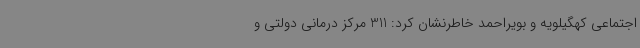
اجتماعی کهگیلویه و بویراحمد خاطرنشان کرد: 311 مرکز درمانی دولتی و